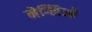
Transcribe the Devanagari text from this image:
मेग्लिओ